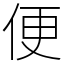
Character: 便